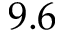
9 . 6